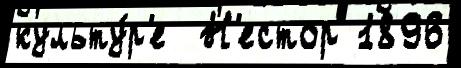
культу́р'е  Н'естор 1896